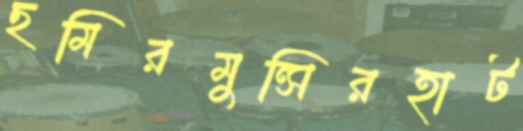
ছমিরমুন্সিরহাট